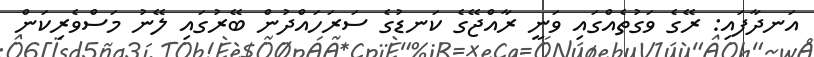
އަނދާފައި: ރޭގެ ވަގުތެއްގައި ވަނީ ރާއްޖޭގެ ކަނޑުގެ ސަރަހައްދުން ބޭރުގައި ލޭނު މަސްވެރިކަން